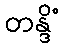
တန္ဒိံ